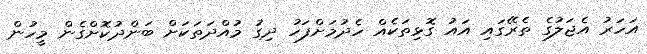
އަހަރު އެޖަލުގެ ތެރޭގައި އައު ގޮޅިތަކެއް ހެދުމަށްފަހު ދިގު މުއްދަތަކަށް ބަންދުކޮށްގެން މީހުން